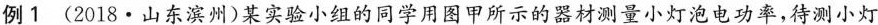
例1(2018·山东滨州)某实验小组的同学用图甲所示的器材测量小灯泡电功率，待测小灯